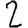
Digit: 2